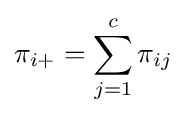
\pi _{i+}=\sum _{j=1}^{c}\pi _{ij}